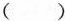
()